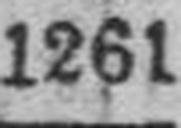
1261